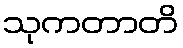
သုကတာတိ